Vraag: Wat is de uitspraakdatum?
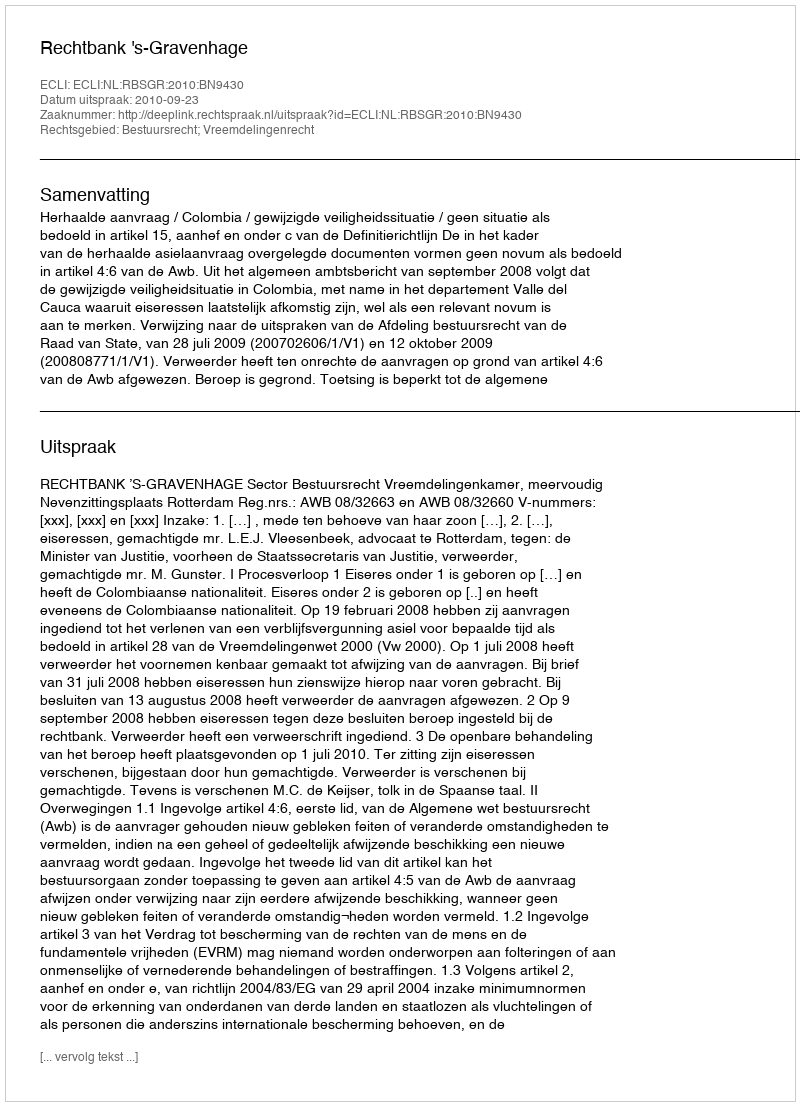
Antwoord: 2010-09-23